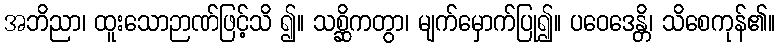
အဘိညာ၊ ထူးသောဉာဏ်ဖြင့်သိ ၍။ သစ္ဆိကတွာ၊ မျက်မှောက်ပြု၍။ ပဝေဒေန္တိ၊ သိစေကုန်၏။